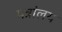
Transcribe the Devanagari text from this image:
मत्रांलय